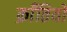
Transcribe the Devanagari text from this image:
क्राँतियों